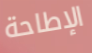
الإطاحة